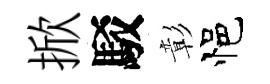
掀駁彰悒